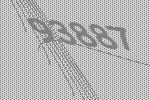
93887